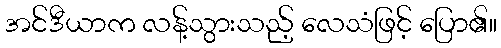
အင်ဒီယာက လန့်သွားသည့် လေသံဖြင့် ပြော၏။